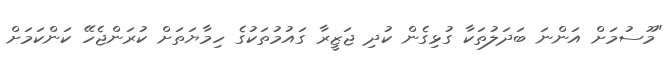
"މޫސުމަށް އަންނަ ބަދަލުތަކާ ގުޅިގެން ކުދި ޖަޒީރާ ގައުމުތަކުގެ ހިމާޔަތަށް ކުރަންޖެހޭ ކަންކަމަށް